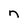
Character: n